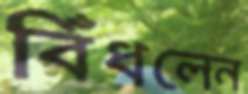
বিঁধলেন